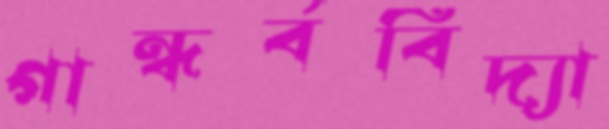
গান্ধর্ববিদ্যা